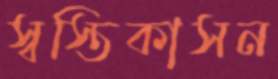
স্বস্তিকাসন